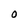
Character: O